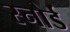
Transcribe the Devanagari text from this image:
स्नोर्ड